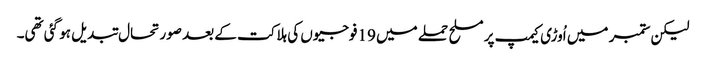
لیکن ستمبر میں اُوڑی کیمپ پر مسلح حملے میں 19فوجیوں کی ہلاکت کے بعد صورتحال تبدیل ہو گئی تھی۔